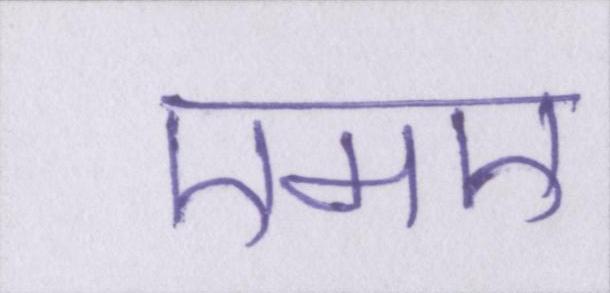
एमए